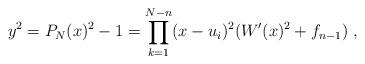
LaTeX: \begin{align*}y^2=P_N(x)^2-1=\prod_{k=1}^{N-n}(x-u_i)^2 (W'(x)^2+f_{n-1}) \ , \end{align*}